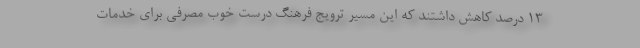
۱۳ درصد کاهش داشتند که این مسیر ترویج فرهنگ درست خوب مصرفی برای خدمات